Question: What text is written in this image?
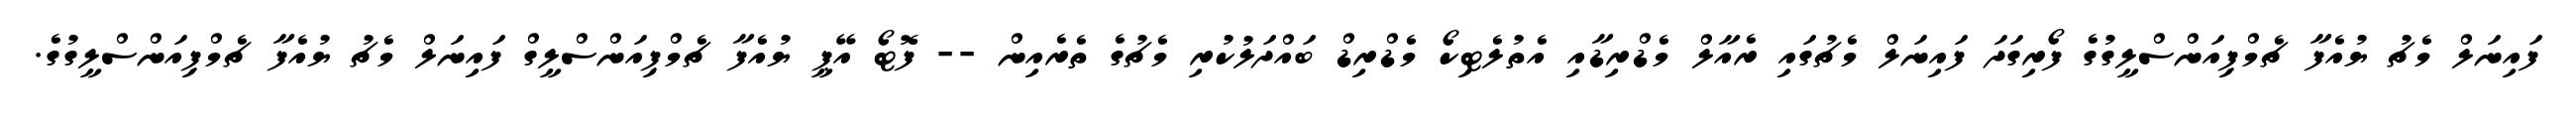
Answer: ފައިނަލް މެޗު ޔުއެފާ ޗެމްޕިއަންސްލީގުގެ ފޯރިގަދަ ފައިނަލް މެޗުގައި ރެއާލް މެޑްރިޑާއި އެތުލެޓިކޯ މެޑްރިޑް ބައްދަލުކުރި މެޗުގެ ތެރެއިން -- ފޮޓޯ އޭޕީ ޔުއެފާ ޗެމްޕިއަންސްލީގް ފައިނަލް މެޗު ޔުއެފާ ޗެމްޕިއަންސްލީގުގެ.